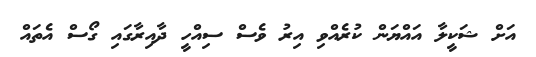
އަށް ޝަކީލާ އައްޔަން ކުރެއްވި އިރު ވެސް ސިއްހީ ދާއިރާގައި ގޯސް އެތައް